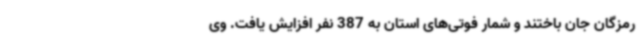
رمزگان جان باختند و شمار فوتی‌های استان به 387 نفر افزایش یافت. وی